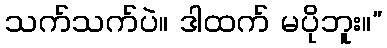
သက်သက်ပဲ။ ဒါထက် မပိုဘူး။”